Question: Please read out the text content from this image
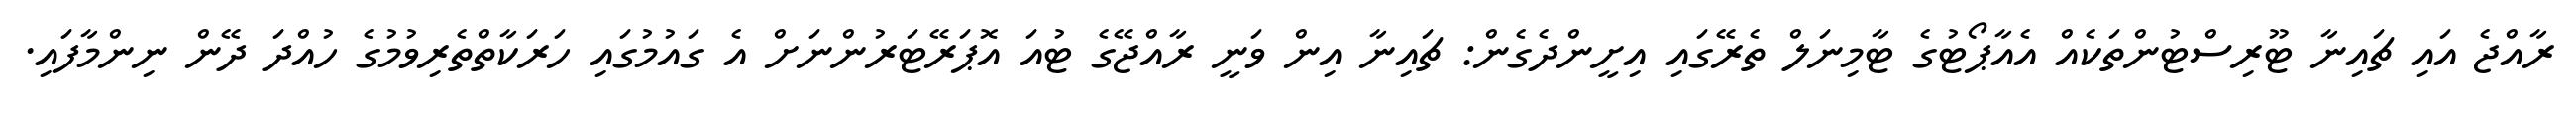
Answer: ރާއްޖެ އައި ޗައިނާ ޓޫރިސްޓުންތަކެއް އެއާޕޯޓުގެ ޓާމިނަލް ތެރޭގައި އިށީންދެގެން: ޗައިނާ އިން ވަނީ ރާއްޖޭގެ ޓުއަ އޮޕަރޭޓަރުންނަށް އެ ގައުމުގައި ހަރަކާތްތެރިވުމުގެ ހުއްދަ ދޭން ނިންމާފައި.